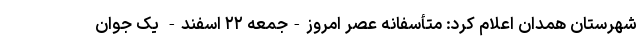
شهرستان همدان اعلام کرد: متأسفانه عصر امروز-جمعه ۲۲ اسفند- یک جوان